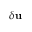
\delta { \bf { u } }